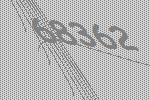
68362